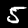
Digit: 5